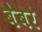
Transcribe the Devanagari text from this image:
बेबर